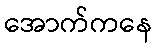
အောက်ကနေ